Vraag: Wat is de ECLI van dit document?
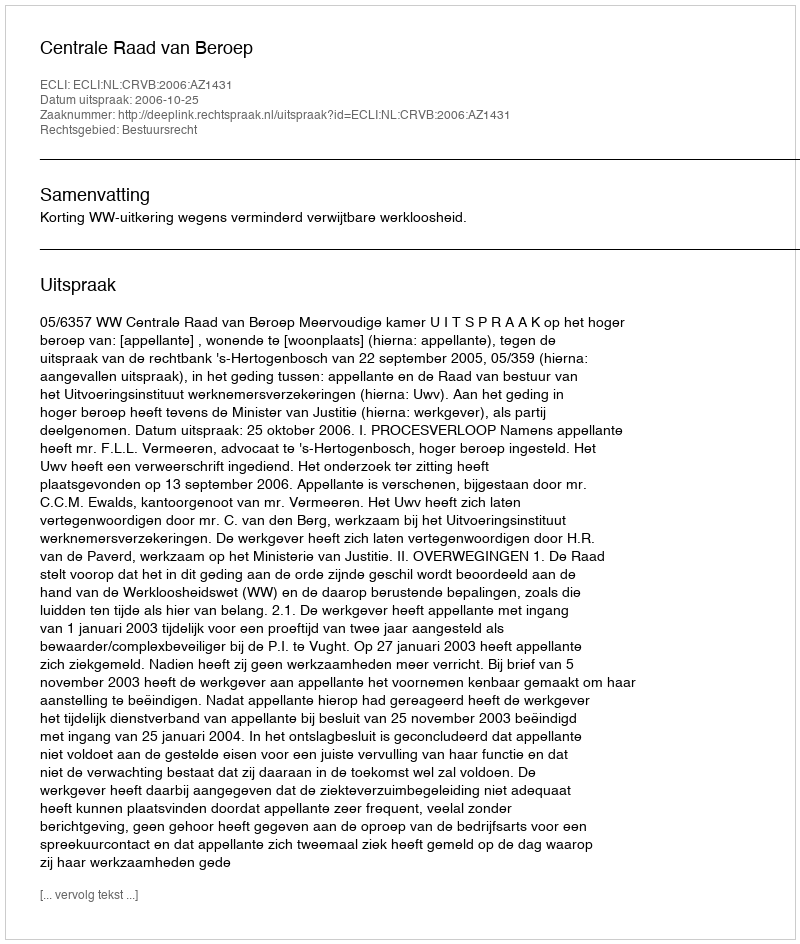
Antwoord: ECLI:NL:CRVB:2006:AZ1431